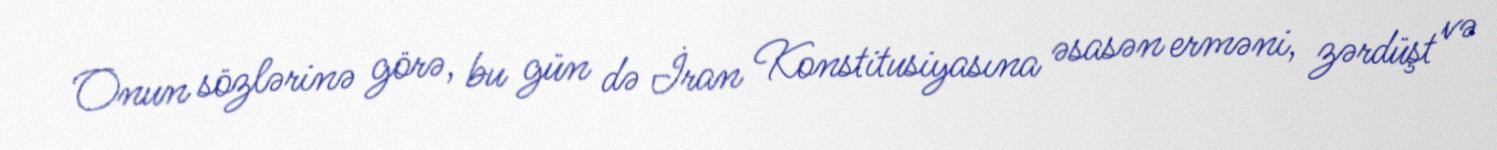
Onun sözlərinə görə, bu gün də İran Konstitusiyasına əsasən erməni, zərdüşt və